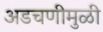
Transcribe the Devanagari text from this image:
अडचणीमुळी